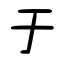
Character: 于